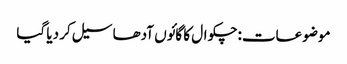
موضوعات:چکوال کا گائوں آدھا سیل کر دیا گیا